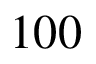
1 0 0